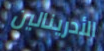
الأدرينالين